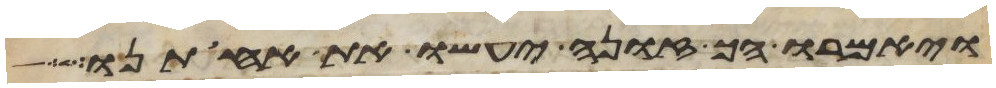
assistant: ויאמרו הך זונה יעשו את אחותנו